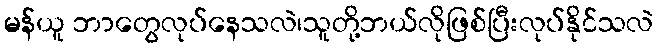
မန်ယူ ဘာတွေလုပ်နေသလဲ၊သူတို့ဘယ်လိုဖြစ်ပြီးလုပ်နိုင်သလဲ